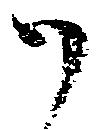
御